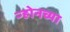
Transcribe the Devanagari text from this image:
ऱ्होनच्या